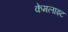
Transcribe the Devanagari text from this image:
केमलाइट